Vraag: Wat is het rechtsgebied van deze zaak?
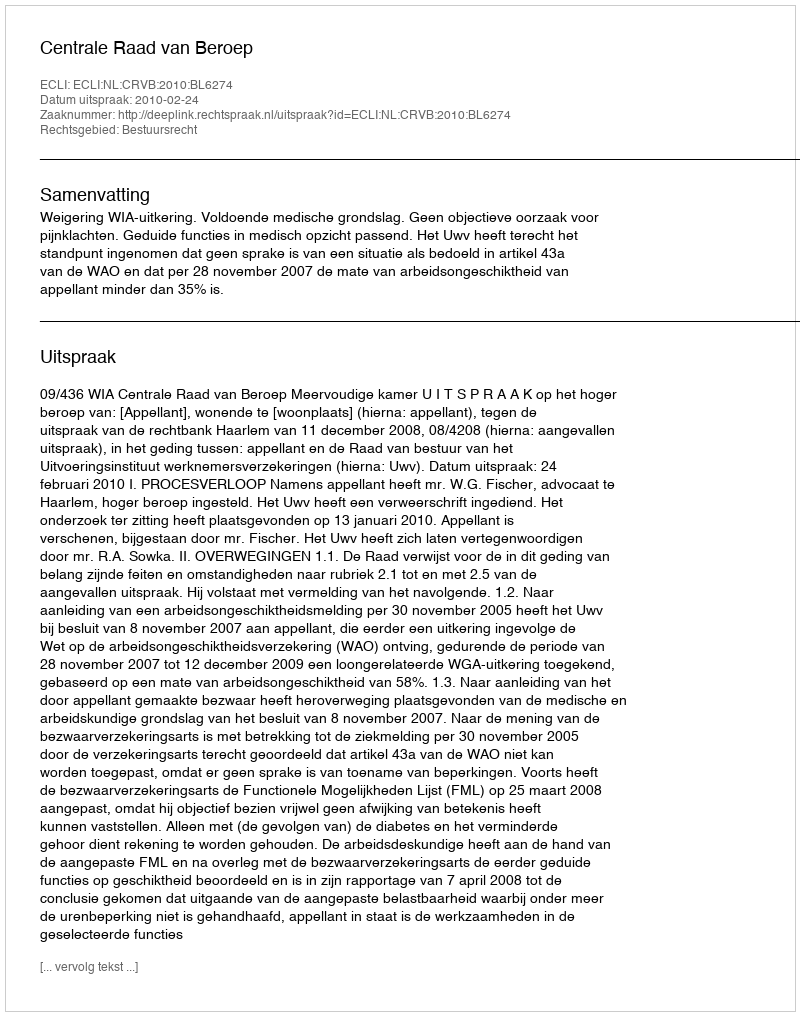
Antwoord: Bestuursrecht